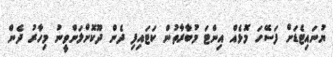
ޔުނައިޓެޑަށް ފަސޭހަ މޮޅެއް އިންޓަ މުބާރާތުން ކަޓައިފި ދެން ދޫކޮށްލަންވީނު މިހާރު ދެން